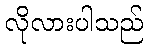
လိုလားပါသည်